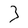
Character: 3